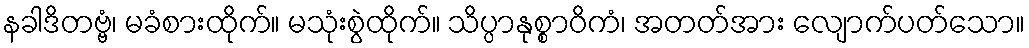
နခါဒိတဗ္ဗံ၊ မခံစားထိုက်။ မသုံးစွဲထိုက်။ သိပ္ပာနုစ္စာဝိကံ၊ အတတ်အား လျောက်ပတ်သော။